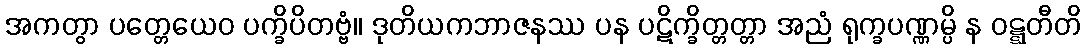
အကတွာ ပတ္တေယေဝ ပက္ခိပိတဗ္ဗံ။ ဒုတိယကဘာဇနဿ ပန ပဋိက္ခိတ္တတ္တာ အညံ ရုက္ခပဏ္ဏမ္ပိ န ဝဋ္ဋတီတိ